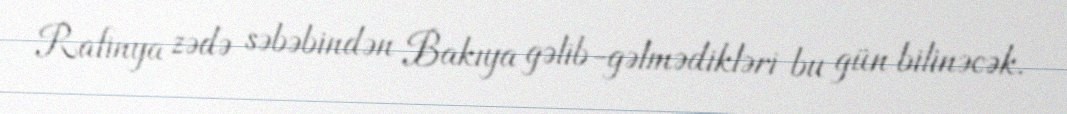
Rafinya zədə səbəbindən Bakıya gəlib-gəlmədikləri bu gün bilinəcək.